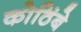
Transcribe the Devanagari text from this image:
कोठिंबे